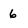
Character: 6